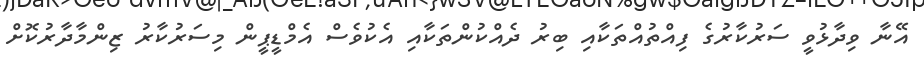
އޭނާ ވިދާޅުވީ ސަރުކާރުގެ ފިއްތުއްތަކާއި ބިރު ދެއްކުންތަކާއި އެކުވެސް އެމްޑީޕީން މިސަރުކާރު ޒިންމާދާރުކޮށް